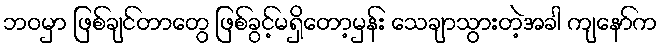
ဘဝမှာ ဖြစ်ချင်တာတွေ ဖြစ်ခွင့်မရှိတော့မှန်း သေချာသွားတဲ့အခါ ကျနော်က